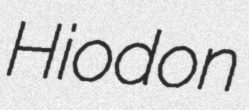
Hiodon